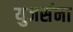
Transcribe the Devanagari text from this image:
युजर्सना